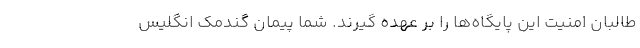
طالبان امنيت اين پايگاه‌ها را بر عهده گيرند. شما پيمان گندمك انگليس